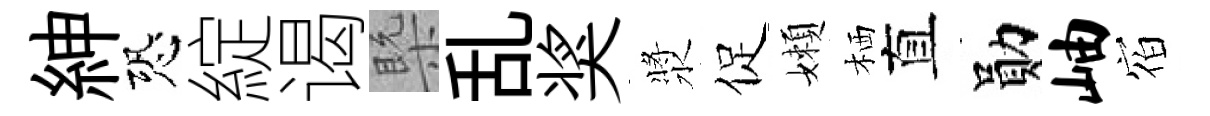
紳恐綻谒槩乱奖漿促嬾栖直勛岫𪧐